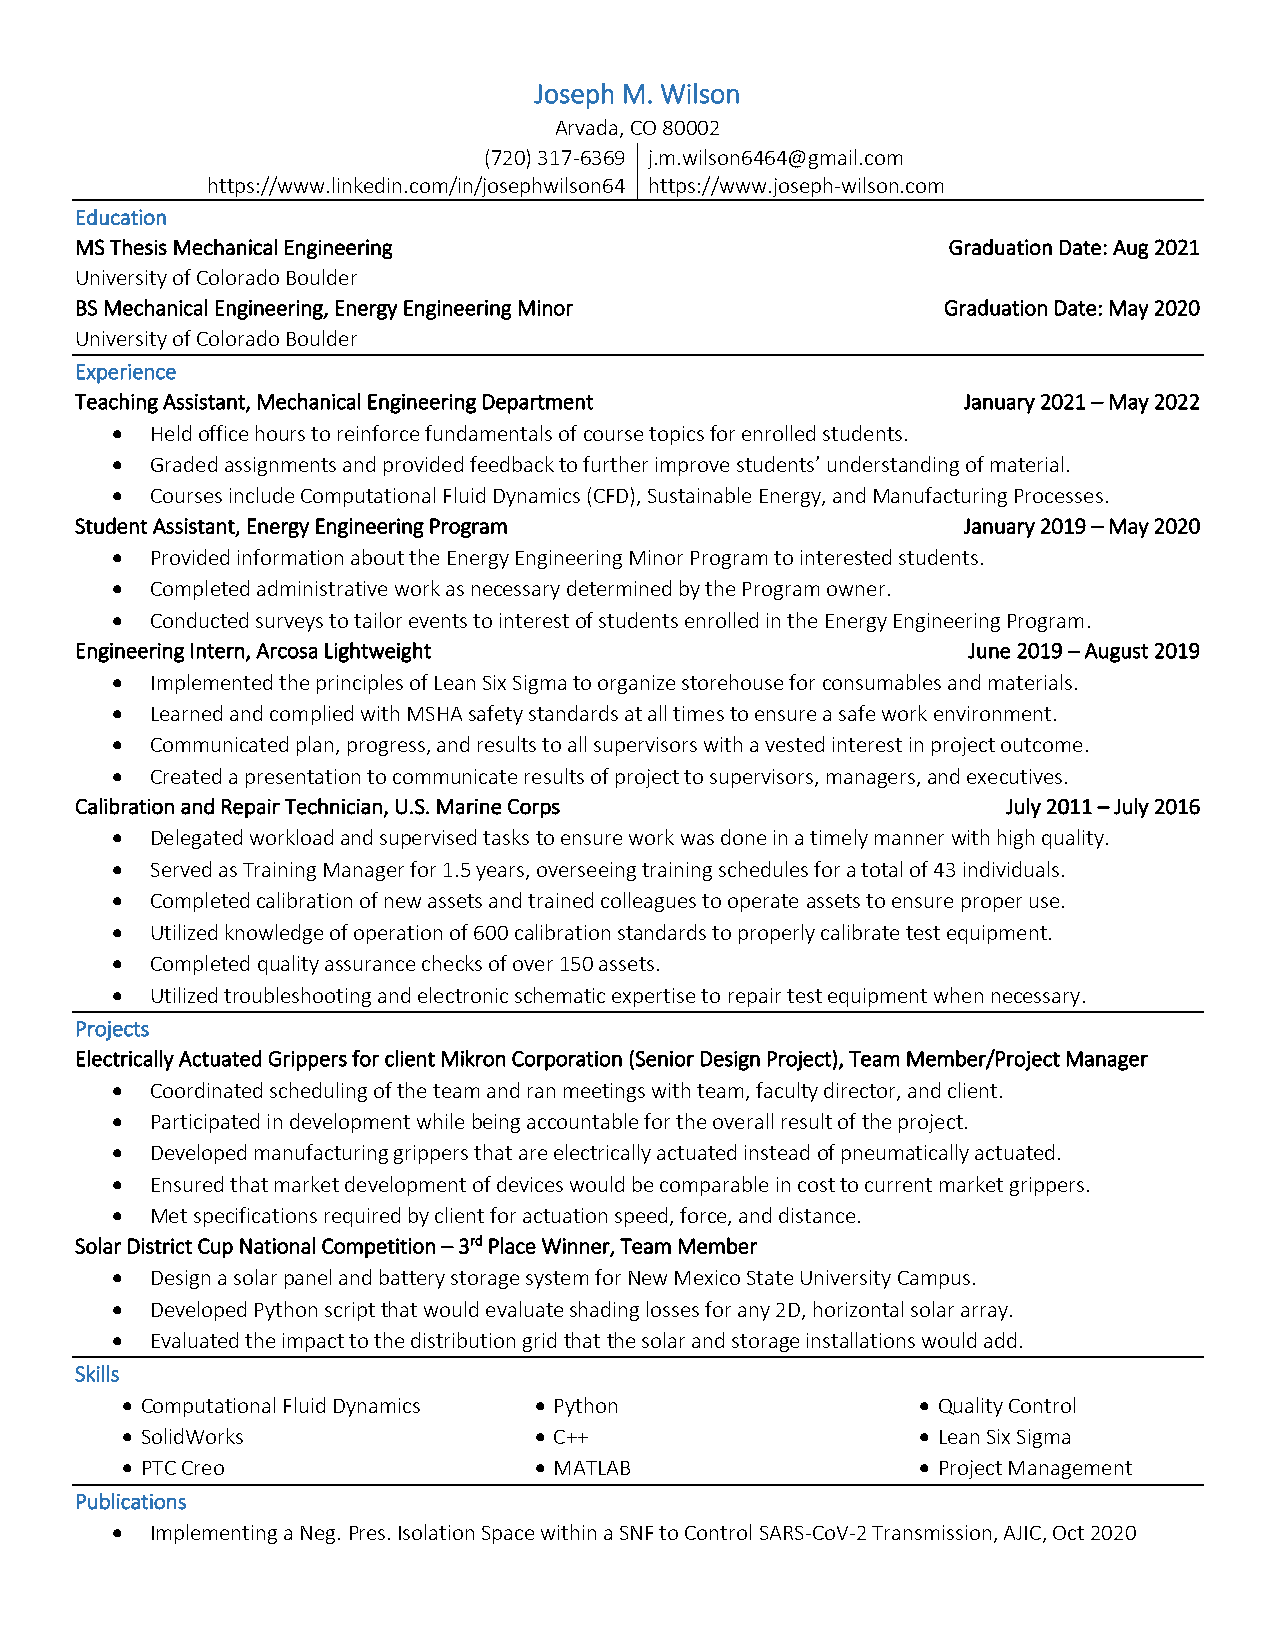
Joseph M. Wilson
 Arvada, CO 80002
 (720) 317-6369 j.m.wilson6464@gmail.com
 https://www.linkedin.com/in/josephwilson64 https://www.joseph-wilson.com
 Education
 MS Thesis Mechanical Engineering                          Graduation Date: Aug 2021
 University of Colorado Boulder
 BS Mechanical Engineering, Energy Engineering Minor      Graduation Date: May 2020
 University of Colorado Boulder
 Experience
 Teaching Assistant, Mechanical Engineering Department      January 2021 – May 2022
 •  Held office hours to reinforce fundamentals of course topics for enrolled students.
 •  Graded assignments and provided feedback to further improve students’ understanding of material.
 •  Courses include Computational Fluid Dynamics (CFD), Sustainable Energy, and Manufacturing Processes.
 Student Assistant, Energy Engineering Program              January 2019 – May 2020
 •  Provided information about the Energy Engineering Minor Program to interested students.
 •  Completed administrative work as necessary determined by the Program owner.
 •  Conducted surveys to tailor events to interest of students enrolled in the Energy Engineering Program.
 Engineering Intern, Arcosa Lightweight                     June 2019 – August 2019
 •  Implemented the principles of Lean Six Sigma to organize storehouse for consumables and materials.
 •  Learned and complied with MSHA safety standards at all times to ensure a safe work environment.
 •  Communicated plan, progress, and results to all supervisors with a vested interest in project outcome.
 •  Created a presentation to communicate results of project to supervisors, managers, and executives.
 Calibration and Repair Technician, U.S. Marine Corps          July 2011 – July 2016
 •  Delegated workload and supervised tasks to ensure work was done in a timely manner with high quality.
 •  Served as Training Manager for 1.5 years, overseeing training schedules for a total of 43 individuals.
 •  Completed calibration of new assets and trained colleagues to operate assets to ensure proper use.
 •  Utilized knowledge of operation of 600 calibration standards to properly calibrate test equipment.
 •  Completed quality assurance checks of over 150 assets.
 •  Utilized troubleshooting and electronic schematic expertise to repair test equipment when necessary.
 Projects
 Electrically Actuated Grippers for client Mikron Corporation (Senior Design Project), Team Member/Project Manager
 •  Coordinated scheduling of the team and ran meetings with team, faculty director, and client.
 •  Participated in development while being accountable for the overall result of the project.
 •  Developed manufacturing grippers that are electrically actuated instead of pneumatically actuated.
 •  Ensured that market development of devices would be comparable in cost to current market grippers.
 •  Met specifications required by client for actuation speed, force, and distance.
 Solar District Cup National Competition – 3rd Place Winner, Team Member
 •  Design a solar panel and battery storage system for New Mexico State University Campus.
 •  Developed Python script that would evaluate shading losses for any 2D, horizontal solar array.
 •  Evaluated the impact to the distribution grid that the solar and storage installations would add.
 Skills
 • Computational Fluid Dynamics • Python              • Quality Control
 • SolidWorks               • C++                     • Lean Six Sigma
 • PTC Creo                 • MATLAB                  • Project Management
 Publications
 •  Implementing a Neg. Pres. Isolation Space within a SNF to Control SARS-CoV-2 Transmission, AJIC, Oct 2020